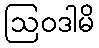
ဩဝဒါမိ